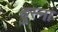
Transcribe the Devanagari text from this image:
हुस्ना